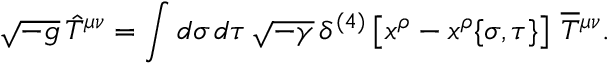
\sqrt { - g } \, \hat { T } ^ { \mu \nu } = \int d \sigma \, d \tau \, \sqrt { - \gamma } \, \delta ^ { ( 4 ) } \left[ x ^ { \rho } - x ^ { \rho } \{ \sigma , \tau \} \right] \, \overline { { T } } { ^ { \mu \nu } } .